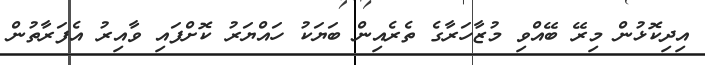
އިދިކޮޅުން މިރޭ ބޭއްވި މުޒާހަރާގެ ތެރެއިން ބަޔަކު ހައްޔަރު ކޮށްފައި ވާއިރު އެފަރާތުން